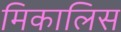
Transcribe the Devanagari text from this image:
मिकालिस